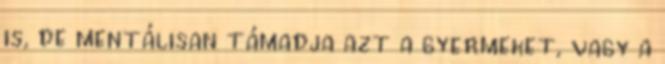
is, de mentálisan támadja azt a gyermeket, vagy a